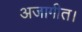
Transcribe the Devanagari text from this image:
अजागीत।